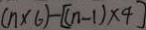
( n \times 6 ) - [ ( n - 1 ) \times 4 ]